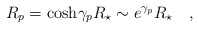
\begin{align*}R_p = \cosh\!\gamma_p R_\star \sim e^{\gamma_p} R_\star \quad ,\end{align*}